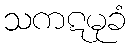
သကဋမုခံ